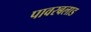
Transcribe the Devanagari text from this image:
पावरबलाड